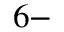
^ { 6 - }